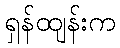
ရှန်ထျန်းက